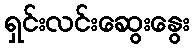
ရှင်းလင်းဆွေးနွေး